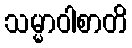
သမ္မာဝါစာတိ